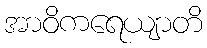
အာဝိကရေယျာတိ